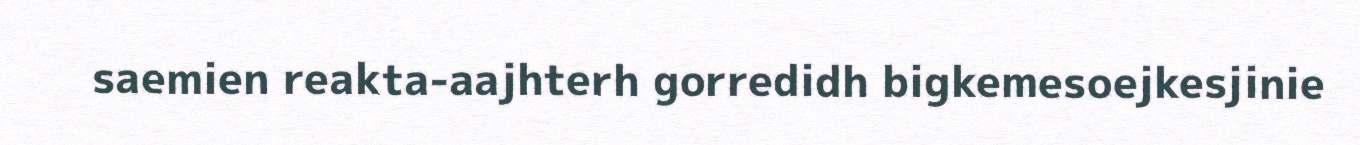
saemien reakta-aajhterh gorredidh bigkemesoejkesjinie